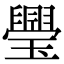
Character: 璺